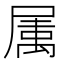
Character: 𭕭